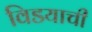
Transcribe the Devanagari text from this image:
विडयाची